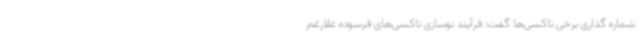
شماره گذاری برخی تاکسی‌ها گفت: فرآیند نوسازی تاکسی‌های فرسوده علارغم